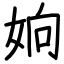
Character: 姠